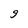
Character: g